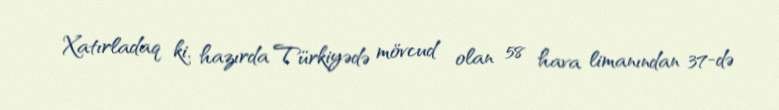
Xatırladaq ki, hazırda Türkiyədə mövcud olan 58 hava limanından 37-də